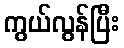
ကွယ်လွန်ပြီး